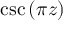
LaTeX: \csc \left( \pi z \right)